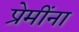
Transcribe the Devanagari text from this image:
प्रेमींना